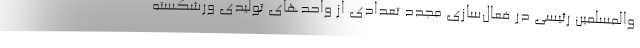
والمسلمین رئیسی در فعال‌سازی مجدد تعدادی از واحدهای تولیدی ورشکسته